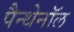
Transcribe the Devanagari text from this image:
पैन्थेनॉल